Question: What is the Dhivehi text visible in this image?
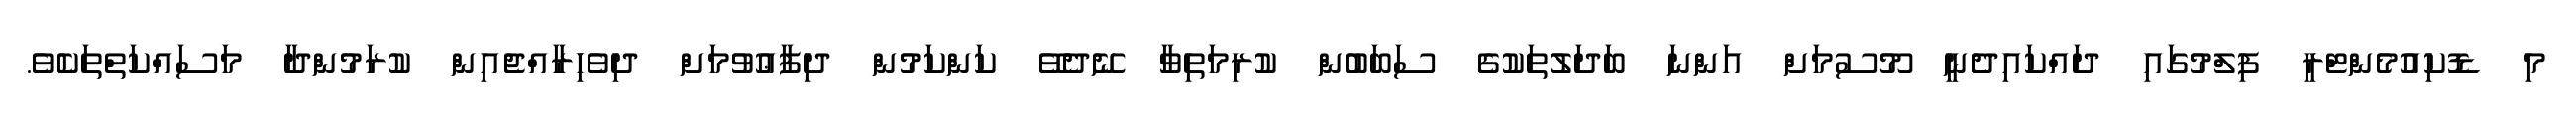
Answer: މި ޑޮކިއުމެންޓްރީ ފިލްމުގައި ދައްކައިދެނީ މޫސުމަށް އަންނަ ބަދަލުތަކުގެ ސަބަބުން ކުރިމަތިވާ ނޭދެވޭ ކަންކަމުން ދިފާޢުވުމަށް ދިވެހިރާއްޖެއިން ކުރަމުންދާ މަސައްކަތްތަކެވެ.